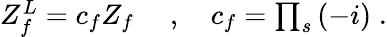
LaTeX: \begin{array}{r}{Z_{f}^{L}=c_{f}Z_{f}\; \quad,\quad c_{f}=\prod_{s}\left(-i\right)\; .}\end{array}